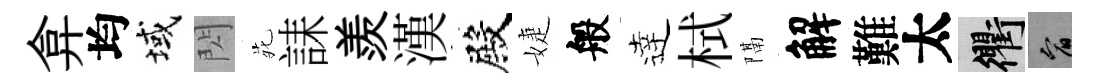
弇均域閃𫟍誄羨漢殿婕般逹栻隔解難太衢宥